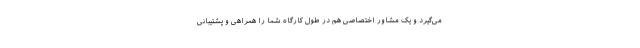
می‌گیرد و یک مشاور اختصاصی هم در طول کارگاه شما را همراهی و پشتیبانی